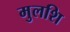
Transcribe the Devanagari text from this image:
मुलशि